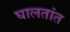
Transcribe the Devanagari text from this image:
घालतांत